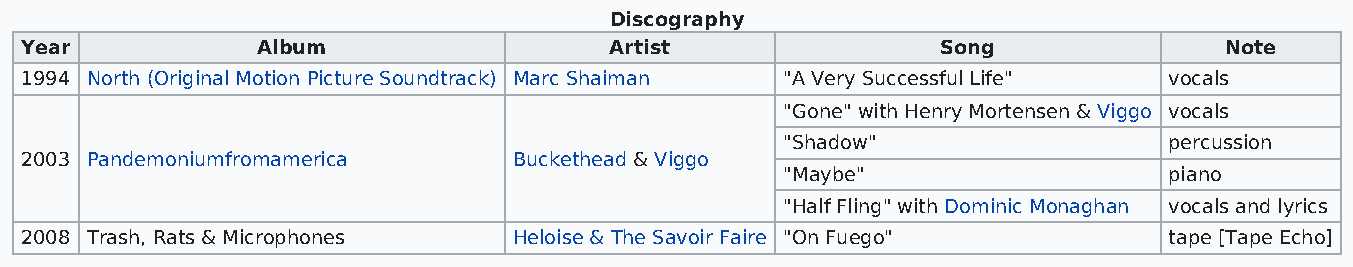
Discography
 Year            Album                  Artist                Song               Note
 1994 North (Original Motion Picture Soundtrack) Marc Shaiman "A Very Successful Life" vocals
 "Gone" with Henry Mortensen & Viggo vocals
 "Shadow"                 percussion
 2003 Pandemoniumfromamerica      Buckethead & Viggo
 "Maybe"                  piano
 "Half Fling" with Dominic Monaghan vocals and lyrics
 2008 Trash, Rats & Microphones   Heloise & The Savoir Faire "On Fuego"      tape [Tape Echo]